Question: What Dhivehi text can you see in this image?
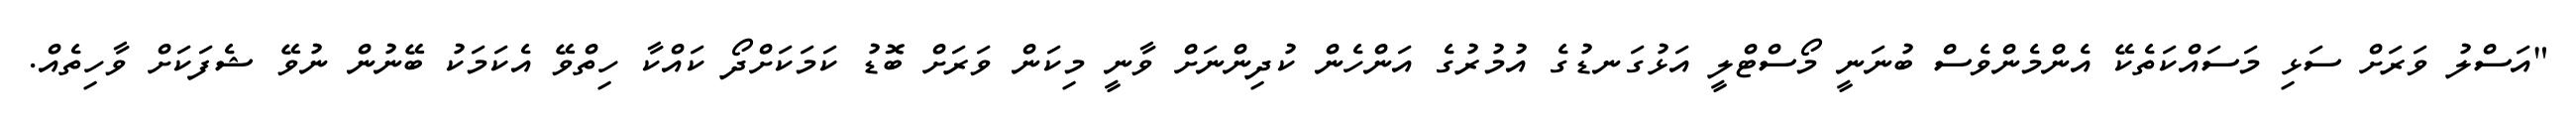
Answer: "އަސްލު ވަރަށް ސަޅި މަސައްކަތެކޭ އެންމެންވެސް ބުނަނީ މޯސްޓްލީ އަޅުގަނޑުގެ އުމުރުގެ އަންހެން ކުދިންނަށް ވާނީ މިކަން ވަރަށް ބޮޑު ކަމަކަށްދޯ ކައްކާ ހިތްވޭ އެކަމަކު ބޭނުން ނުވޭ ޝެފަކަށް ވާހިތެއް.